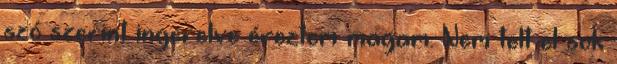
szó szerint ingerelve éreztem magam. Nem telt el sok